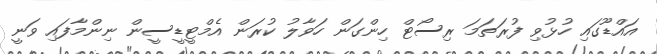
އައްޑޫގައި ހުޅުވި ފުރަތަމަ ރިސޯޓް ހިންގަން ހަވާލު ކުރަން އެމްޓީޑީސީން ނިންމާފައި ވަނީ